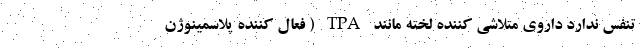
تنفس ندارد داروی متلاشی کننده لخته مانند TPA ( فعال کننده پلاسمینوژن